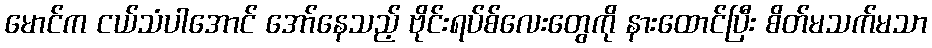
မောင်က ငယ်သံပါအောင် အော်နေသည့် ဗိုင်းရပ်စ်လေးတွေကို နားထောင်ပြီး စိတ်မသက်မသာ